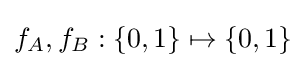
f_{A},f_{B}:\{0,1\}\mapsto \{0,1\}